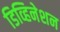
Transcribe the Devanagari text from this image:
डिव्हिनेशन